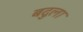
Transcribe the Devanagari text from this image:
बदुला